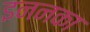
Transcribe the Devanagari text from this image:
इननका